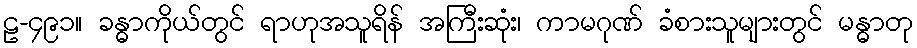
ဠ-၄၉၁။ ခန္ဓာကိုယ်တွင် ရာဟုအသူရိန် အကြီးဆုံး၊ ကာမဂုဏ် ခံစားသူများတွင် မန္ဓာတု